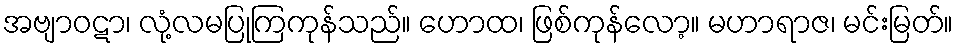
အဗျာဝဋာ၊ လုံ့လမပြုကြကုန်သည်။ ဟောထ၊ ဖြစ်ကုန်လော့။ မဟာရာဇ၊ မင်းမြတ်။